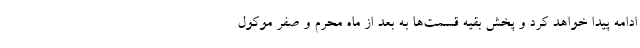
ادامه پیدا خواهد کرد و پخش بقیه قسمت‌ها به بعد از ماه محرم و صفر موکول